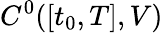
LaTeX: C^{0}([t_{0},T],V)